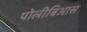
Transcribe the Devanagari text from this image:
पोलीबिआस